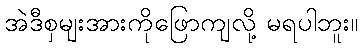
အဲဒီစှမျးအားကိုဖြောကျလို့ မရပါဘူး။